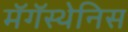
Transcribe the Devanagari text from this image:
मॅगॅस्थेनिस